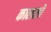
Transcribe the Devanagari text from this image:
कालसो